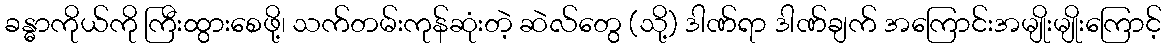
ခန္ဓာကိုယ်ကို ကြီးထွားစေဖို့၊ သက်တမ်းကုန်ဆုံးတဲ့ ဆဲလ်တွေ (သို့) ဒါဏ်ရာ ဒါဏ်ချက် အကြောင်းအမျိုးမျိုးကြောင့်